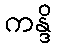
ကန္ဒိ